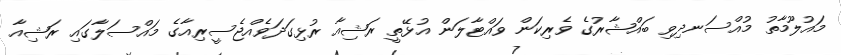
މައުލޫމާތު މުއްސަނދިވި ބައްޝާރުގެ ވެރިކަން ވައްޓާލަން އުޅޭތީ ރަޝިއާ ރުޅިގަދަވެއްޖެސީރިއާގެ މައްސަލާގައި ރަޝިއާ